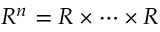
R ^ { n } = R \times \cdots \times R